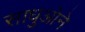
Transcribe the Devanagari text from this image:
साधुओने